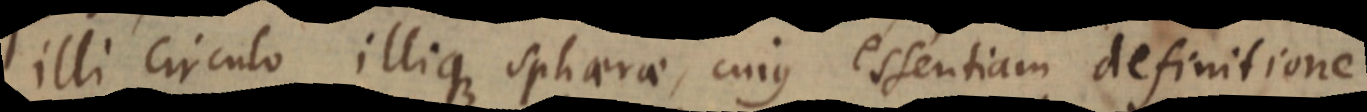
illi circulo illique sphaerae, cujus essentiam definitione